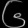
Digit: ၆